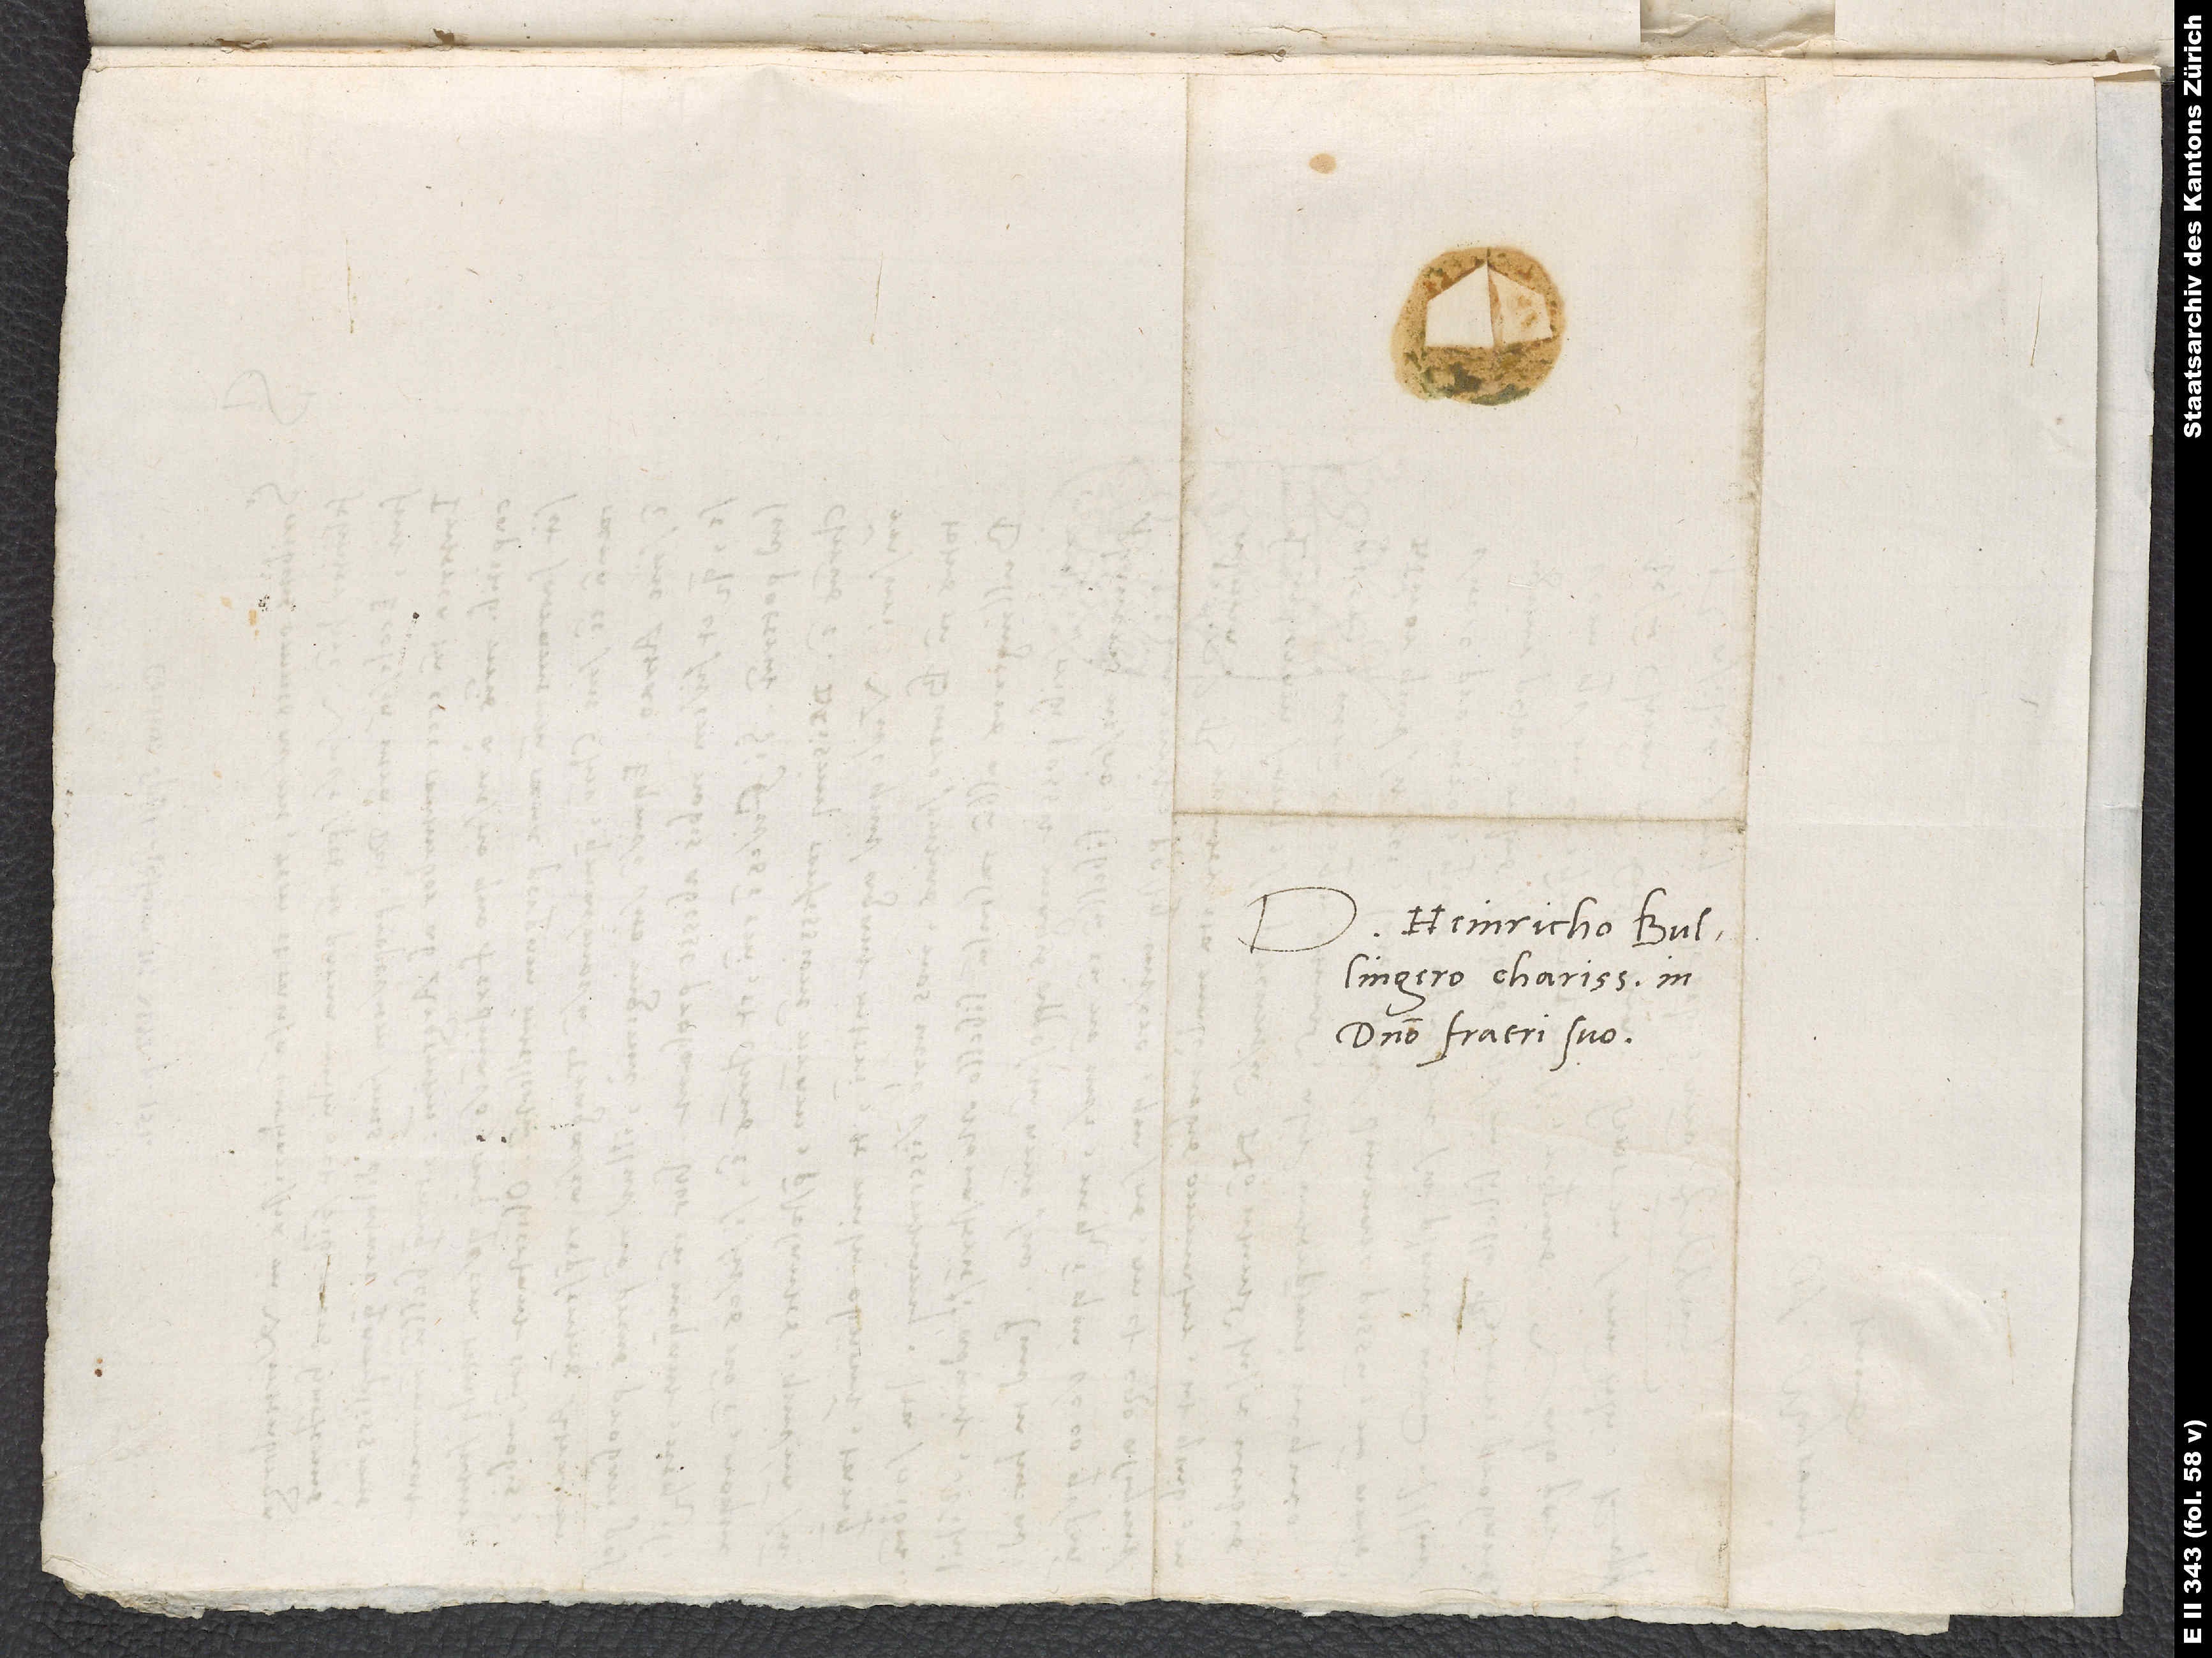
Domino Heinricho Bullingero,
domino fratri suo